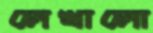
লেখালো